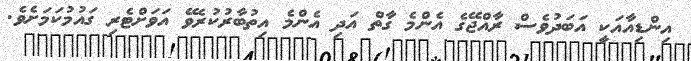
އިންޑިއާއަކީ އަބަދުވެސް ރާއްޖޭގެ އެންމެ ގާތް އަދި އެންމެ އިތުބާރުކުރެވޭ އަވަށްޓެރި ގައުމުކަމަށެވެ.